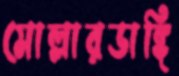
মোল্লারডাঙ্গি